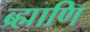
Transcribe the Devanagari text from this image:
ब्र्ह्माणि